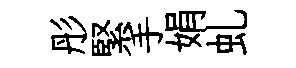
彤緊手娟虬